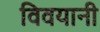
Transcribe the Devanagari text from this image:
विवयानी